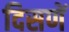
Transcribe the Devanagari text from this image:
दिसणें